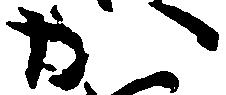
か